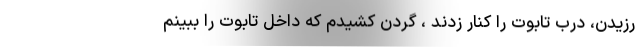
رزیدن، درب تابوت را کنار زدند ، گردن کشیدم که داخل تابوت را ببینم